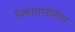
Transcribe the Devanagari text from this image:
विभागणीतील